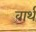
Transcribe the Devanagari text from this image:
वार्थ